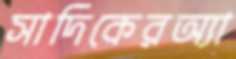
সাদিকেরঅ্যা